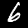
Label: 6